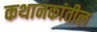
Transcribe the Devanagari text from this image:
कथानकांतील